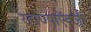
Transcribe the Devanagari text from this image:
रहाण्याऍवजी